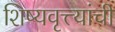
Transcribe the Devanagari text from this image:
शिष्यवृत्त्यांची